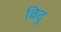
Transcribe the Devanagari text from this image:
ब्रिदु